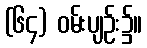
(၆၄) ဝမ်းပျဉ်း၌။